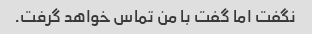
نگفت اما گفت با من تماس خواهد گرفت.